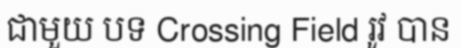
ជាមួយ បទ Crossing Field រូវ បាន